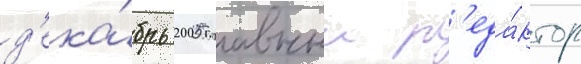
д'ека́брь 2005 главныи р'еда́ктор